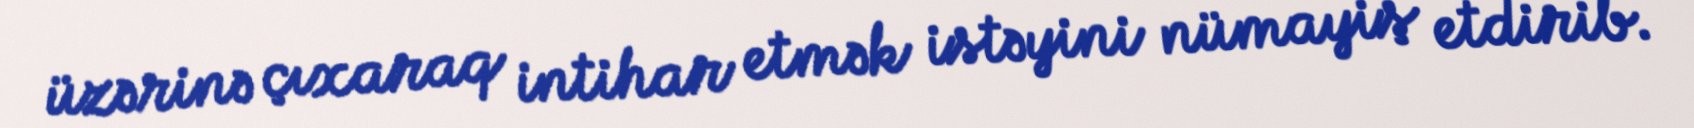
üzərinə çıxaraq intihar etmək istəyini nümayiş etdirib.